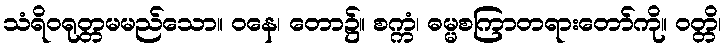
သံရိဝရုတ္တမမည်သော။ ဝနေ၊ တော၌။ စက္ကံ၊ ဓမ္မစကြာတရားတော်ကို။ ဝတ္တိ၊